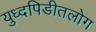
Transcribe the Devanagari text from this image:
युध्दपिडीतलोग